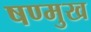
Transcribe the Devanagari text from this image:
षण्मुख